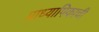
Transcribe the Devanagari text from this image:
प्राध्यापिकाची